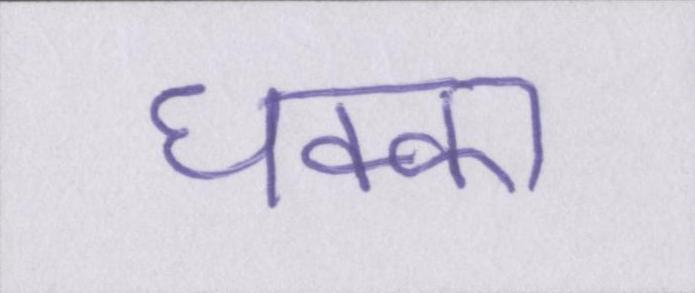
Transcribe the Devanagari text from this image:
धक्का